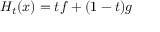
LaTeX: H _ { t } ( x ) = t f + ( 1 - t ) g